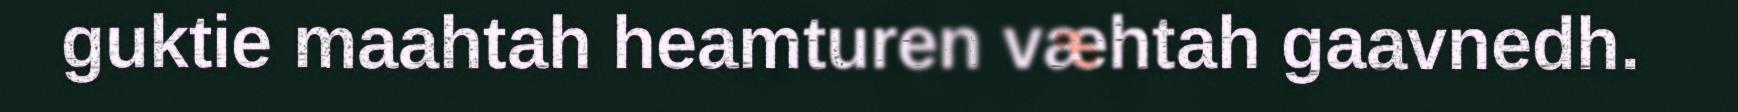
guktie maahtah heamturen væhtah gaavnedh.